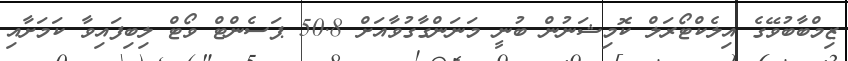
ޒިމްބާބުވޭގެ އިލެކްޓޯރަލް ކޮމިޝަނުން ބުނީ މަނަންގާގުވާއަށް 50.8 ޕަސެންޓް ވޯޓް ލިބިފައިވާ ކަމަށާއި